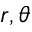
r , \theta